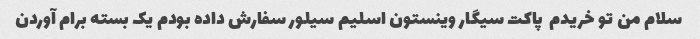
سلام من تو خریدم  پاکت سیگار وینستون اسلیم سیلور سفارش داده بودم یک بسته برام آوردن